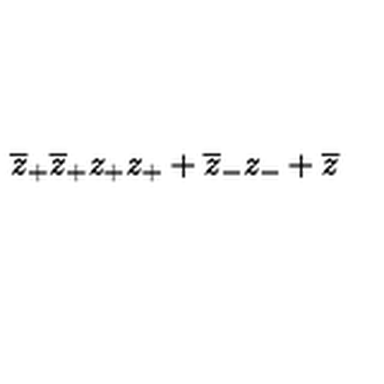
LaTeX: \overline { { z } } _ { + } \overline { { z } } _ { + } z _ { + } z _ { + } + \overline { { z } } _ { - } z _ { - } + \overline { { z } }